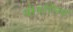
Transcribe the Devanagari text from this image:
वोगोलिन